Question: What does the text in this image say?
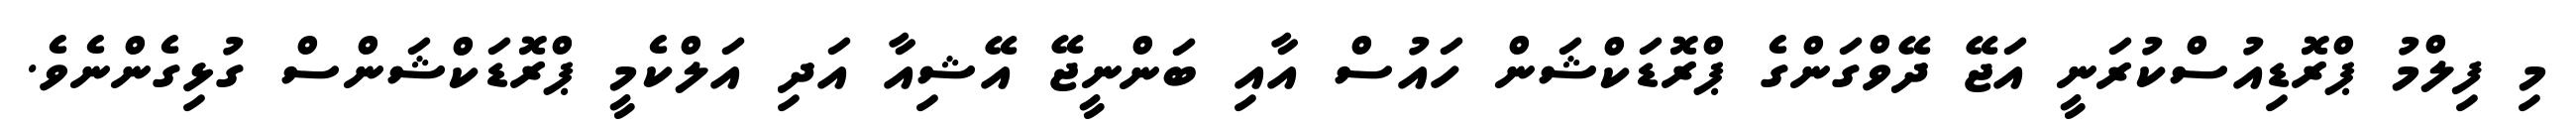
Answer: މި ފިލްމު ޕްރޮޑިއުސްކުރަނީ އަޖޭ ދޭވްގަންގެ ޕްރޮޑަކްޝަން ހައުސް އާއި ބަންނީޖޭ އޭޝިއާ އަދި އަލްކެމީ ޕްރޮޑަކްޝަންސް ގުޅިގެންނެވެ.